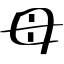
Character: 母